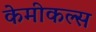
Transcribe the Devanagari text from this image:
केमीकल्स